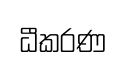
ධීකරණ